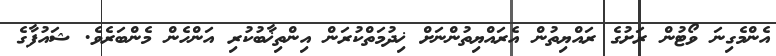
އެންމެގިނަ ވޯޓުން ރަށުގެ ރައްޔިތުން އެރައްޔިތުންނަށް ޚިދުމަތްކުރަން އިންތިޚާބުކުރި އަންހެން މެންބަރެވެ. ޝައުފާގެ